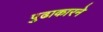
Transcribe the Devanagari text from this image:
पुढाकारने